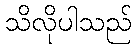
သိလိုပါသည်